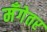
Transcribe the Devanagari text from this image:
मँगेतर